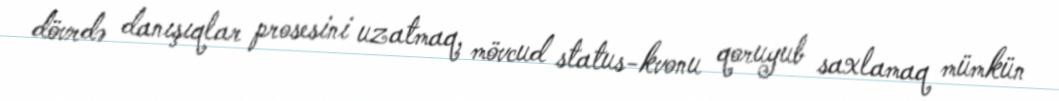
dövrdə danışıqlar prosesini uzatmaq, mövcud status-kvonu qoruyub saxlamaq mümkün